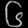
Digit: ၆